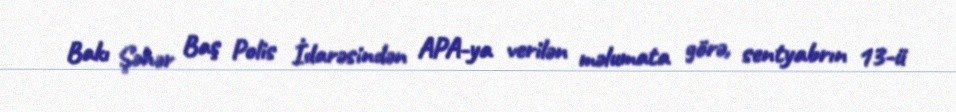
Bakı Şəhər Baş Polis İdarəsindən APA-ya verilən məlumata görə, sentyabrın 13-ü